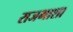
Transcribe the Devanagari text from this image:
राजभाशा